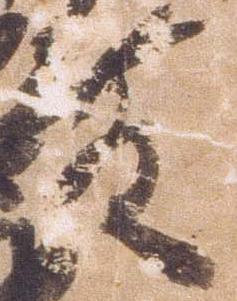
殿